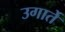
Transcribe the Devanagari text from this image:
उगार्ते